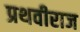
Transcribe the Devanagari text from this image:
प्रथवीराज